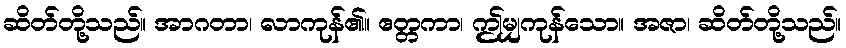
ဆိတ်တို့သည်။ အာဂတာ၊ လာကုန်၏။ ဧတ္တကာ၊ ဤမျှကုန်သော။ အဇာ၊ ဆိတ်တို့သည်။